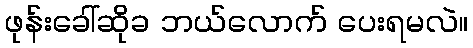
ဖုန်းခေါ်ဆိုခ ဘယ်လောက် ပေးရမလဲ။